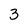
Character: 3